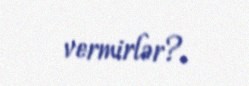
vermirlər?.